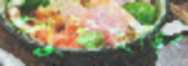
পুইছড়ির